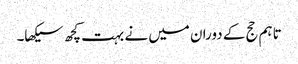
تاہم حج کے دوران میں نے بہت کچھ سیکھا۔